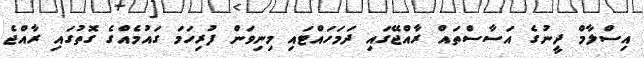
އިސްލާމް ދީނުގެ އަސާސްތައް ރާއްޖޭގައި ދަމަހައްޓައި މިނިވަން ފުރިހަމަ ގައުމެއްގެ ގޮތުގައި ރާއްޖެ